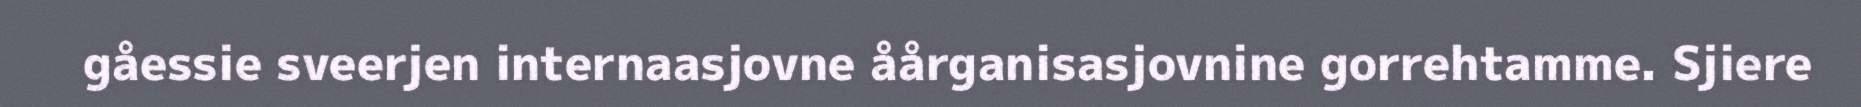
gåessie sveerjen internaasjovne åårganisasjovnine gorrehtamme. Sjiere